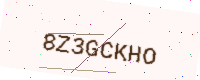
Text: 8Z3GCKHO